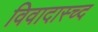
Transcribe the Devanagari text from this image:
विवादास्च्द